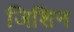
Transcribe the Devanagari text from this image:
जिशिन